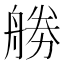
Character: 𠢧